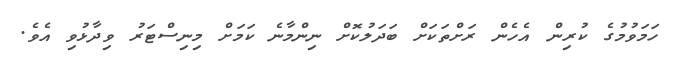
ހަމަވުމުގެ ކުރިން އެހެން ރަށްތަކަށް ބަދަލުކޮށް ނިންމާނެ ކަމަށް މިނިސްޓަރު ވިދާޅުވި އެވެ.